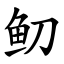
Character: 鱽